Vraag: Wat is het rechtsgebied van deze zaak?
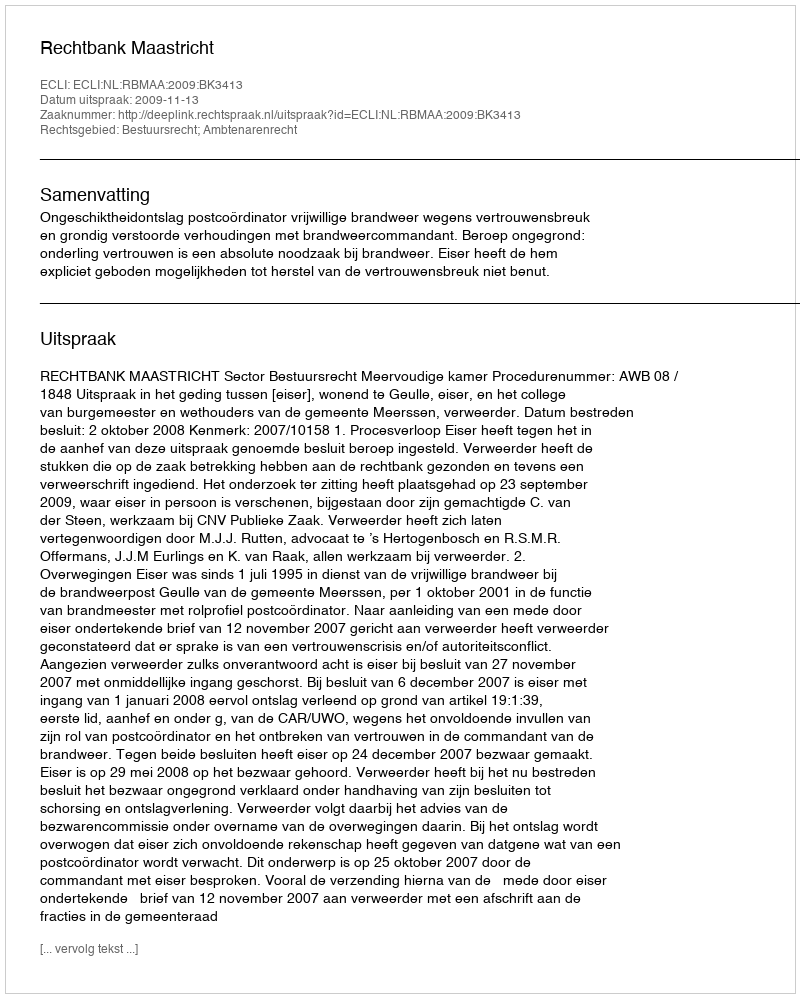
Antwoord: Bestuursrecht; Ambtenarenrecht